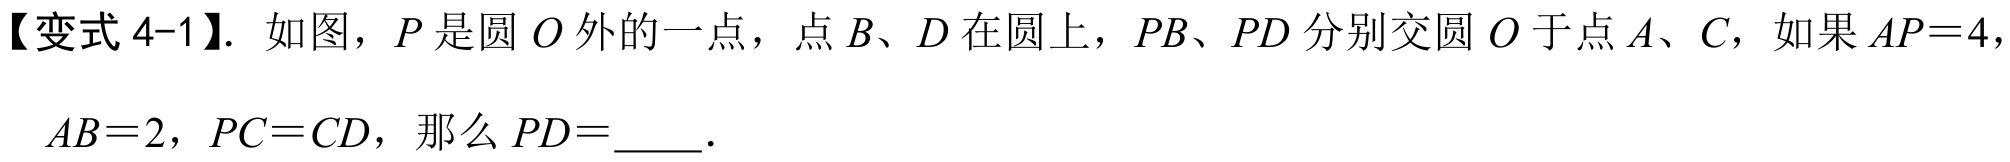
【变式 4-1】. 如图，\(P\)是圆\(O\)外的一点，点\(B、D\)在圆上，\(PB、PD\)分别交圆\(O\)于点\(A、C\)，如果\(AP = 4\)，
\(AB = 2\)，\(PC = CD\)，那么\(PD =\)  ．